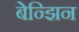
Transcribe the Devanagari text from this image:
बेन्झिन